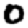
Digit: 0